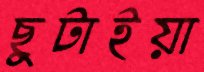
ছুটাইয়া